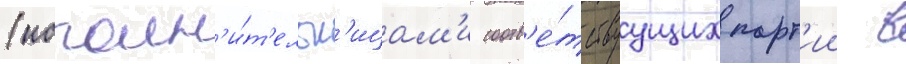
(исполн'и́т'ельн'ицам'и соотв'е́тствуущих парт'ии в